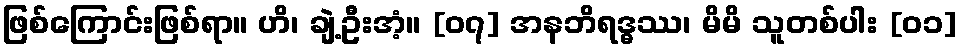
ဖြစ်ကြောင်းဖြစ်ရာ။ ဟိ၊ ချဲ့ဦးအံ့။ [၀၇] အနဘိရဒ္ဓဿ၊ မိမိ သူတစ်ပါး [၀၁]